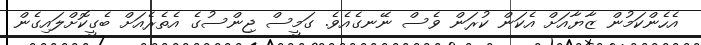
އެހެންކަމުން ޒާޔާއަށް އެކަން ކުރަން ވެސް ނޭނގެއެވެ. ގަމީސް ޖިންސުގެ އެތެރެއަށް ބެގީކޮށްލައިގެން